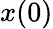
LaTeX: x(0)